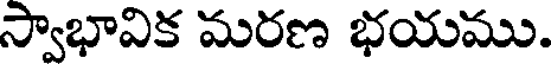
స్వాభావిక మరణ భయము.